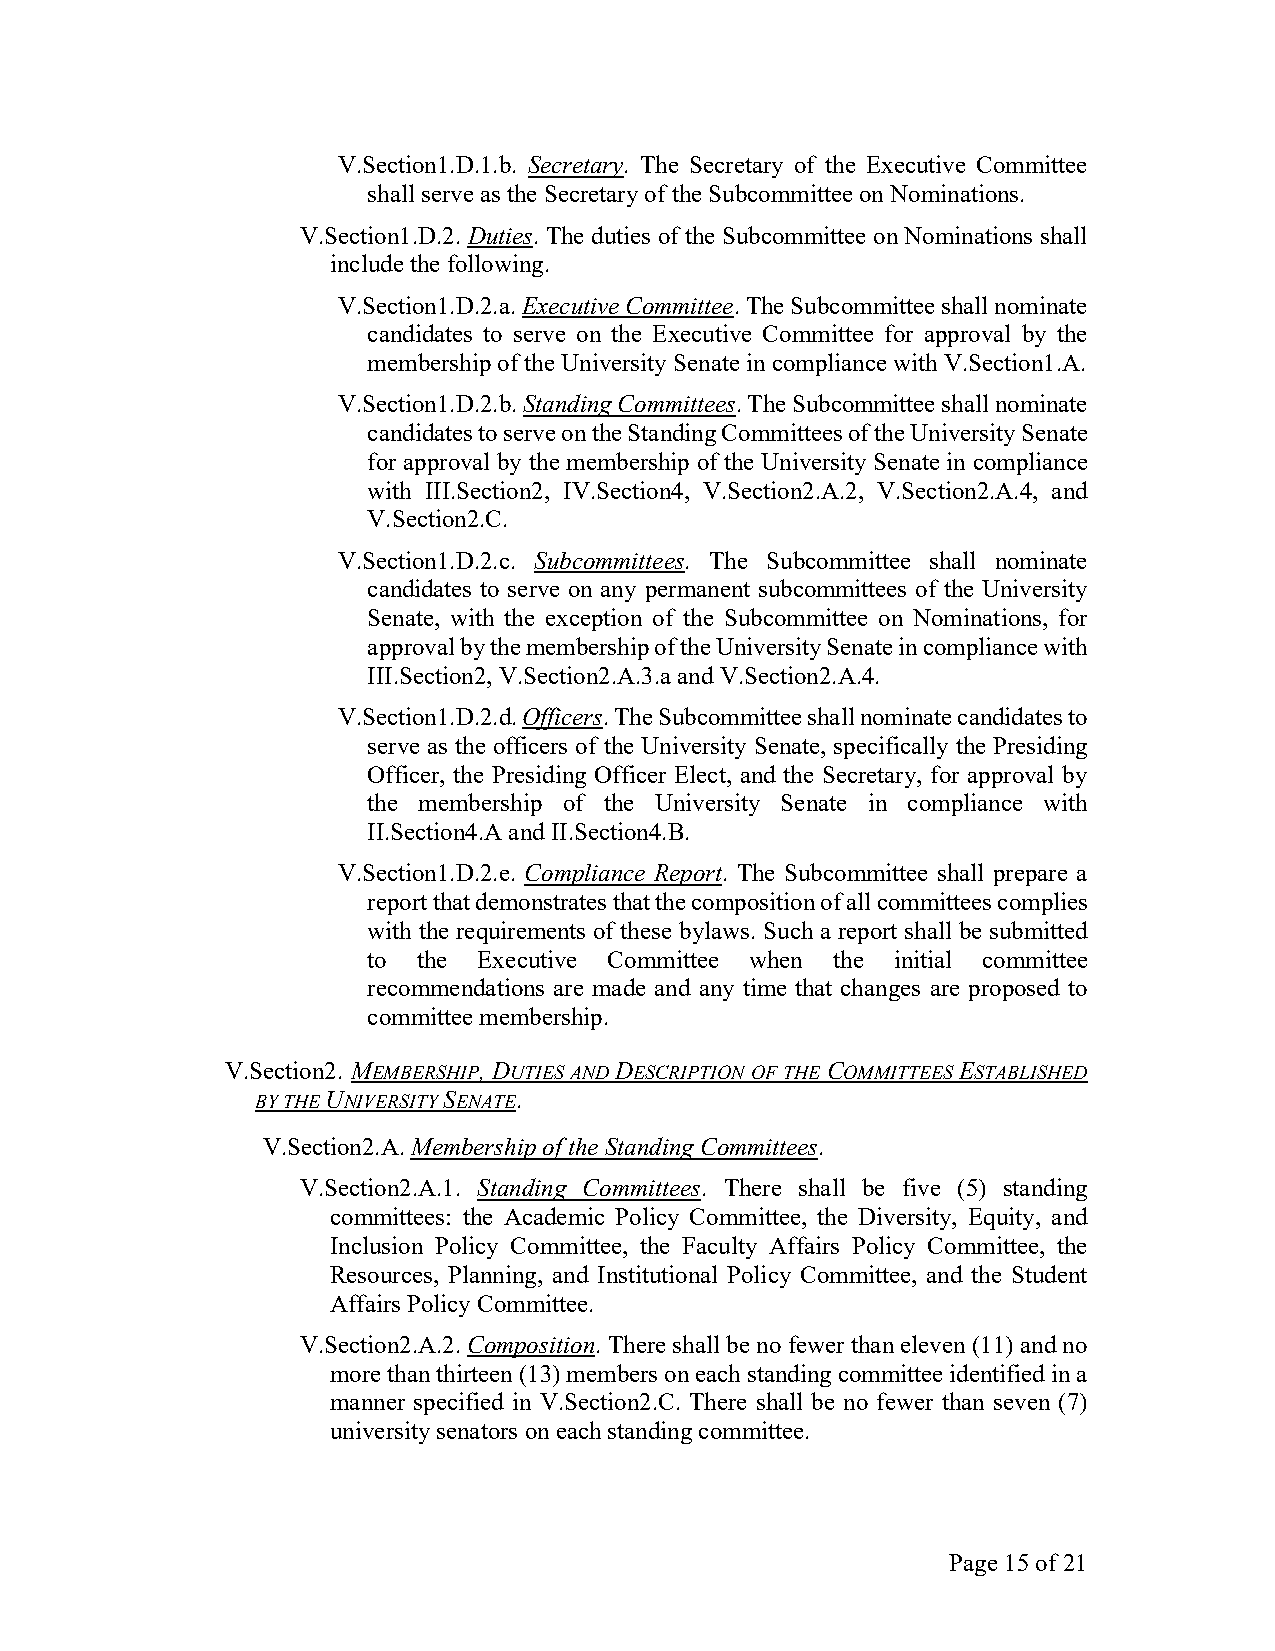
V.Section1.D.1.b. Secretary. The Secretary of the Executive Committee
 shall serve as the Secretary of the Subcommittee on Nominations.
 V.Section1.D.2. Duties. The duties of the Subcommittee on Nominations shall
 include the following.
 V.Section1.D.2.a. Executive Committee. The Subcommittee shall nominate
 candidates to serve on the Executive Committee for approval by the
 membership of the University Senate in compliance with V.Section1.A.
 V.Section1.D.2.b. Standing Committees. The Subcommittee shall nominate
 candidates to serve on the Standing Committees of the University Senate
 for approval by the membership of the University Senate in compliance
 with III.Section2, IV.Section4, V.Section2.A.2, V.Section2.A.4, and
 V.Section2.C.
 V.Section1.D.2.c. Subcommittees. The Subcommittee shall nominate
 candidates to serve on any permanent subcommittees of the University
 Senate, with the exception of the Subcommittee on Nominations, for
 approval by the membership of the University Senate in compliance with
 III.Section2, V.Section2.A.3.a and V.Section2.A.4.
 V.Section1.D.2.d. Officers. The Subcommittee shall nominate candidates to
 serve as the officers of the University Senate, specifically the Presiding
 Officer, the Presiding Officer Elect, and the Secretary, for approval by
 the membership of the University Senate in compliance with
 II.Section4.A and II.Section4.B.
 V.Section1.D.2.e. Compliance Report. The Subcommittee shall prepare a
 report that demonstrates that the composition of all committees complies
 with the requirements of these bylaws. Such a report shall be submitted
 to  the Executive Committee when the initial committee
 recommendations are made and any time that changes are proposed to
 committee membership.
 V.Section2. MEMBERSHIP, DUTIES AND DESCRIPTION OF THE COMMITTEES ESTABLISHED
 BY THE UNIVERSITY SENATE.
 V.Section2.A. Membership of the Standing Committees.
 V.Section2.A.1. Standing Committees. There shall be five (5) standing
 committees: the Academic Policy Committee, the Diversity, Equity, and
 Inclusion Policy Committee, the Faculty Affairs Policy Committee, the
 Resources, Planning, and Institutional Policy Committee, and the Student
 Affairs Policy Committee.
 V.Section2.A.2. Composition. There shall be no fewer than eleven (11) and no
 more than thirteen (13) members on each standing committee identified in a
 manner specified in V.Section2.C. There shall be no fewer than seven (7)
 university senators on each standing committee.
 Page 15 of 21